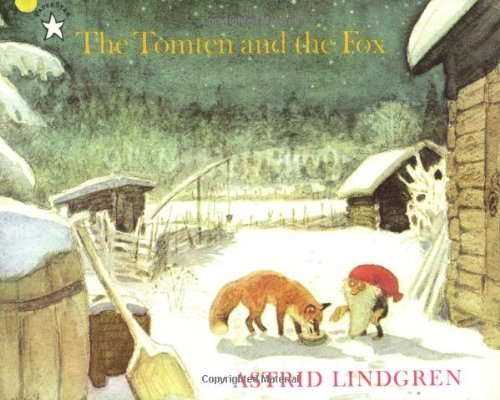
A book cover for The Tomten and the Fox; Astrid Lindgren; Children's Books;